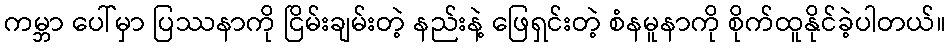
ကမ္ဘာ ပေါ်မှာ ပြဿနာကို ငြိမ်းချမ်းတဲ့ နည်းနဲ့ ဖြေရှင်းတဲ့ စံနမူနာကို စိုက်ထူနိုင်ခဲ့ပါတယ်။